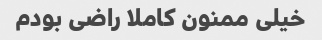
خیلی ممنون کاملا راضی بودم